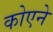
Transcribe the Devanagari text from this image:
कोएने